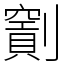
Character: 𠠖